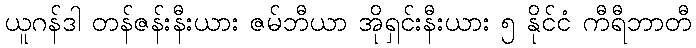
ယူဂန်ဒါ တန်ဇန်းနီးယား ဇမ်ဘီယာ အိုရှင်းနီးယား ၅ နိုင်ငံ ကီရီဘာတီ